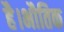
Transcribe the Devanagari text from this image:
है।भौतिक